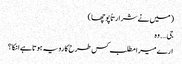
( میں نے شرارتاً پوچھا )
جی…. وہ
ارے میرا مطلب کس طرح کا رویہ ہوتا ہے انکا ؟